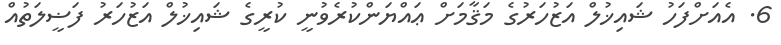
6. އެއަށްފަހު ޝައިޚުލް އަޒުހަރުގެ މަޤާމަށް ޢައްޔަންކުރެވުނީ ކުރީގެ ޝައިޚުލް އަޒުހަރު ފަޟީލަތުއް